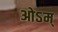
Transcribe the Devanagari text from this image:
ओऽम्‌